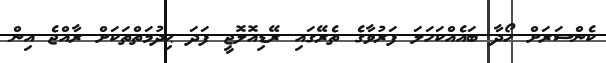
ކެންސަރަށް ހޯދާ ބައެއްކަހަލަ ފަރުވާގެ ތެރޭގައި ރޭޑިއޮލޮޖީ ފަދަ ޙިދުމަތްތަކަށް ރާއްޖެ އިން